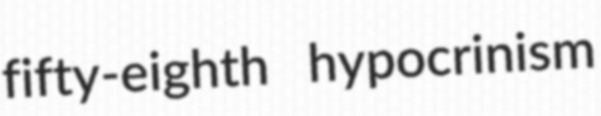
fifty-eighth hypocrinism